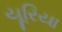
યૂરિયા